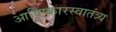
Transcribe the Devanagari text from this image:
आविष्कारस्वातंत्र्य